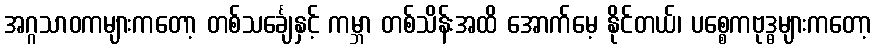
အဂ္ဂသာဝကများကတော့ တစ်သင်္ချေနှင့် ကမ္ဘာ တစ်သိန်းအထိ အောက်မေ့ နိုင်တယ်၊ ပစ္စေကဗုဒ္ဓများကတော့